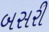
બસરી